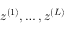
z ^ { ( 1 ) } , \ldots , z ^ { ( L ) }